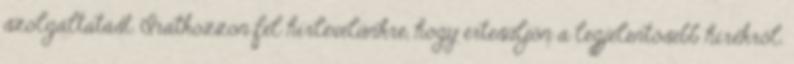
szolgáltatást. Iratkozzon fel hírlevelünkre, hogy értesüljön a legjelentősebb hírekről.